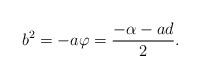
LaTeX: \begin{align*} b^2=-a\varphi=\frac{-\alpha -ad}{2}. \end{align*}